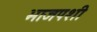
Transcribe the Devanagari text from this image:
भाजपशी